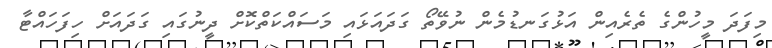
މިފަދަ މީހުންގެ ތެރެއިން އަޅުގަނޑުމެން ނުވޭތޯ ގަދައަޅައި މަސައްކަތްކޮށް ދީނުގައި ގަދައަށް ހިފަހައްޓާ